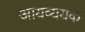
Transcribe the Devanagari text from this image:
आयव्ययक